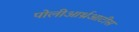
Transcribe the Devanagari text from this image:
पोलीआर्थ्रआटीस